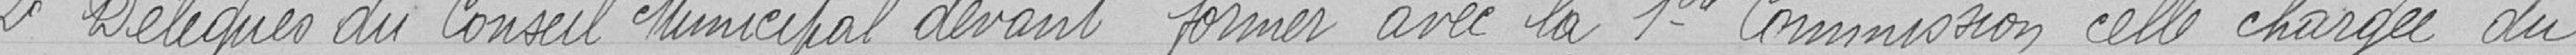
2° Délégué du Conseil Municipal devant former avec la 1ère commission celle chargée du